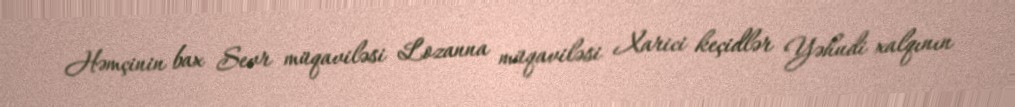
Həmçinin bax Sevr müqaviləsi Lozanna müqaviləsi Xarici keçidlər Yəhudi xalqının